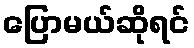
ပြောမယ်ဆိုရင်